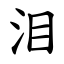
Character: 泪